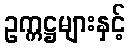
ဥက္ကဋ္ဌများနှင့်